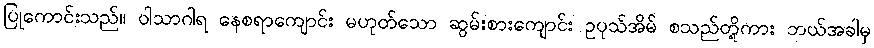
ပြုကောင်းသည်။ ဝါသာဂါရ နေစရာကျောင်း မဟုတ်သော ဆွမ်းစားကျောင်း ဥပုသ်အိမ် စသည်တို့ကား ဘယ်အခါမှ